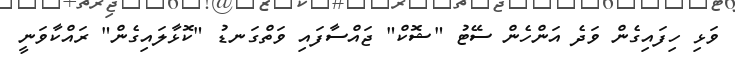
ވަޅި ހިފައިގެން ވަދެ އަންހެން ސޭޓު "ޝޮކް" ޖައްސާފައި ވަތްގަނޑު "ކޮޅާލައިގެން" ރައްކާވަނީ